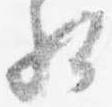
相